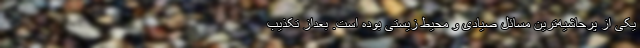
یکی از پرحاشیه‌ترین مسائل صیادی و محیط زیستی بوده است. بعداز تکذیب